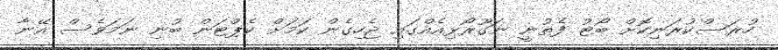
ހުރަސްކުރަނިކޮށް ބޯޓު ފެތުނީ ނަގޫރޯޅިއެއްގައި ޖެހިގެން ކަމަށް ކެޕްޓަން ބުނި ނަމަވެސް އޭނާ